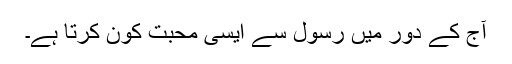
آج کے دور میں رسول سے ایسی محبت کون کرتا ہے۔